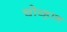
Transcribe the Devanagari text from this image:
चोव्हान